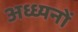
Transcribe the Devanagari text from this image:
अध्ध्यनों